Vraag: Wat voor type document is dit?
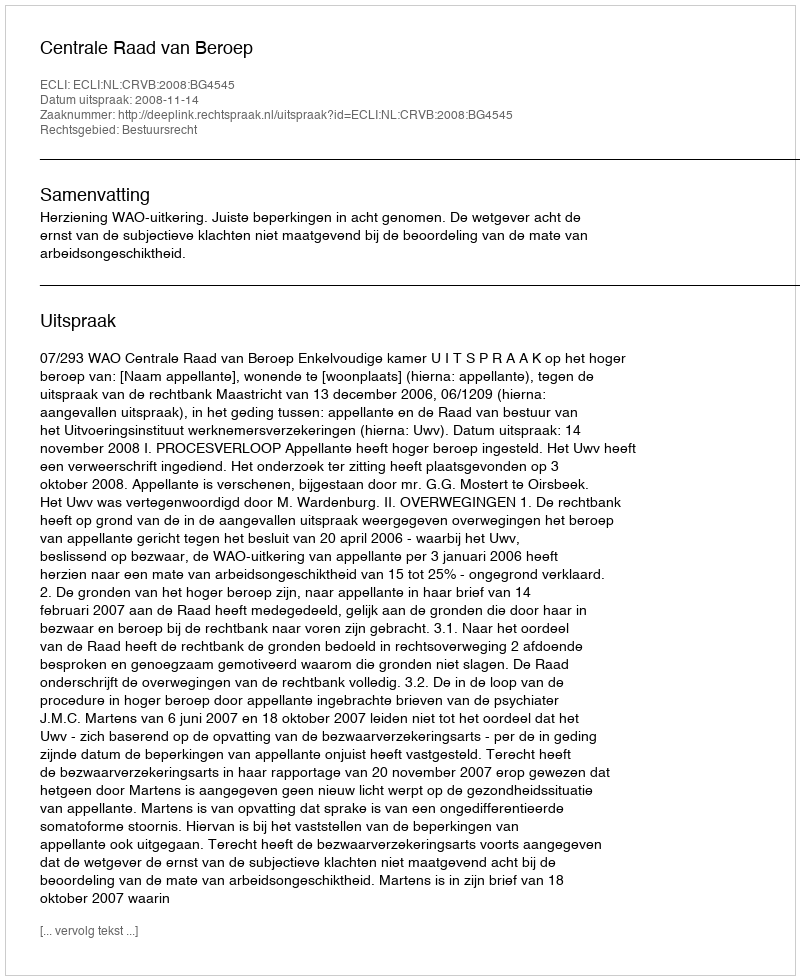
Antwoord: Uitspraak